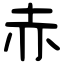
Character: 赤